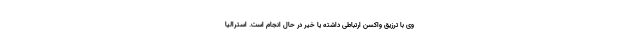
وی با ترزیق واکسن ارتباطی داشته یا خیر در حال انجام است. استرالیا